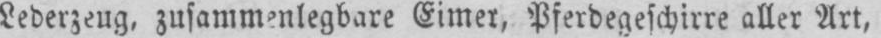
Lederzeug, zusammenlegbare Eimer, Pferdegeschirre aller Art,